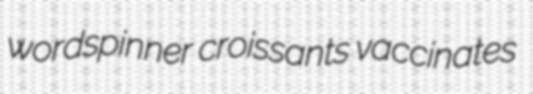
wordspinner croissants vaccinates